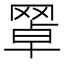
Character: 𦋚